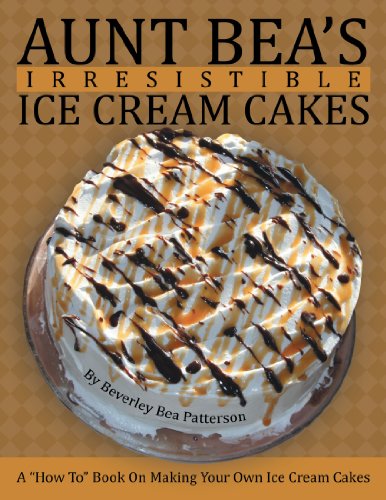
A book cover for Aunt Bea's Irresistible Ice Cream Cakes: A "How To" Book On Making Your Own Ice Cream Cakes; Beverley Bea Patterson; Cookbooks, Food & Wine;